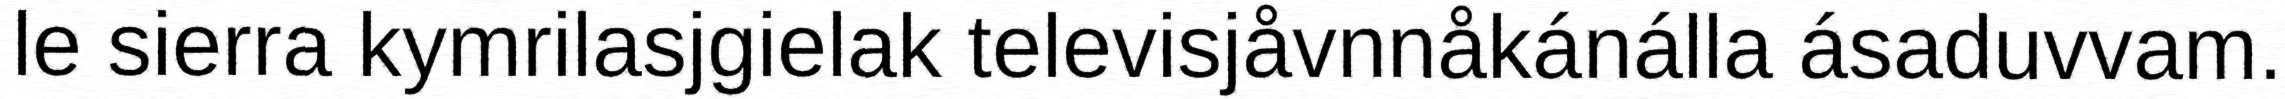
le sierra kymrilasjgielak televisjåvnnåkánálla ásaduvvam.